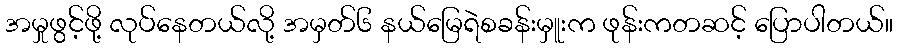
အမှုဖွင့်ဖို့ လုပ်နေတယ်လို့ အမှတ်၆ နယ်မြေရဲစခန်းမှူးက ဖုန်းကတဆင့် ပြောပါတယ်။